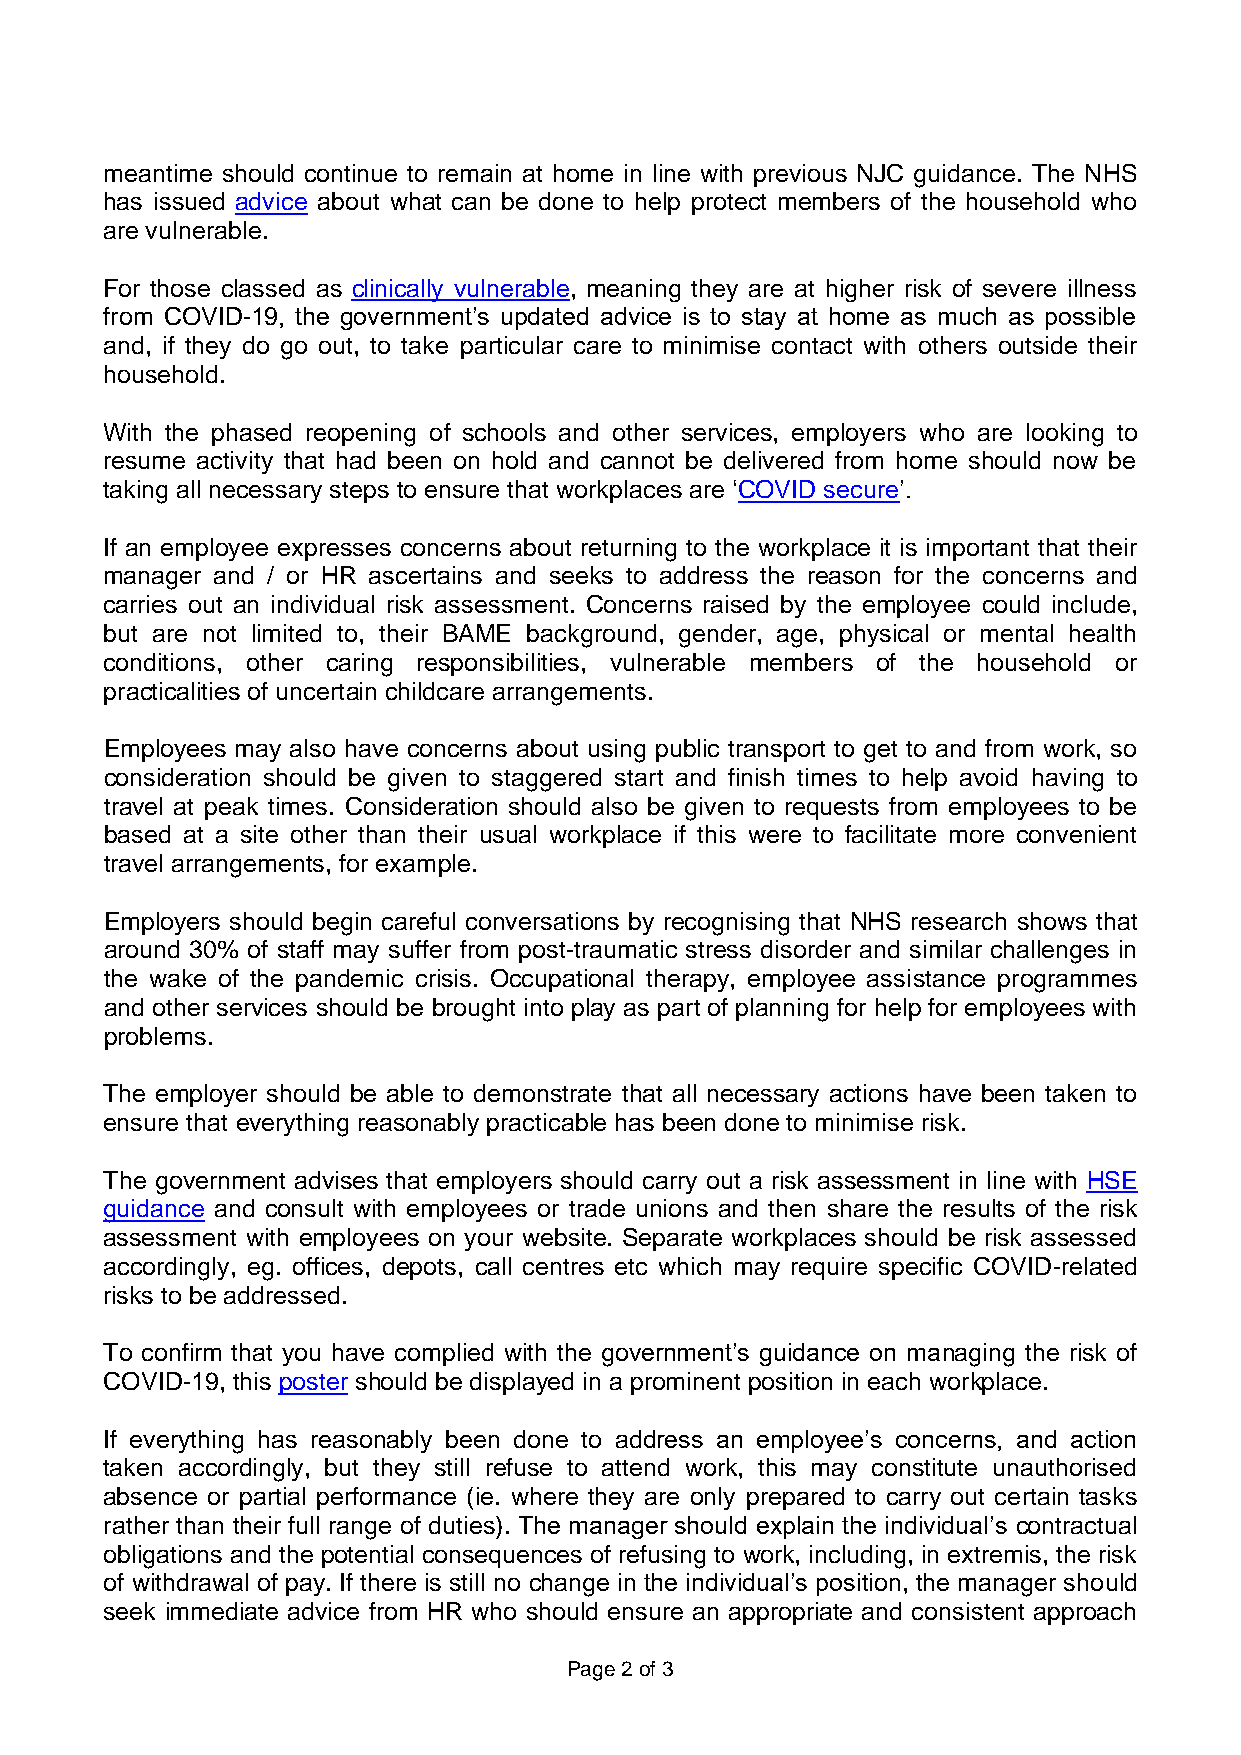
meantime should continue to remain at home in line with previous NJC guidance. The NHS
 has issued advice about what can be done to help protect members of the household who
 are vulnerable.
 For those classed as clinically vulnerable, meaning they are at higher risk of severe illness
 from COVID-19, the government’s updated advice is to stay at home as much as possible
 and, if they do go out, to take particular care to minimise contact with others outside their
 household.
 With the phased reopening of schools and other services, employers who are looking to
 resume activity that had been on hold and cannot be delivered from home should now be
 taking all necessary steps to ensure that workplaces are ‘COVID secure’.
 If an employee expresses concerns about returning to the workplace it is important that their
 manager and / or HR ascertains and seeks to address the reason for the concerns and
 carries out an individual risk assessment. Concerns raised by the employee could include,
 but are not limited to, their BAME background, gender, age, physical or mental health
 conditions, other caring responsibilities, vulnerable members of the household or
 practicalities of uncertain childcare arrangements.
 Employees may also have concerns about using public transport to get to and from work, so
 consideration should be given to staggered start and finish times to help avoid having to
 travel at peak times. Consideration should also be given to requests from employees to be
 based at a site other than their usual workplace if this were to facilitate more convenient
 travel arrangements, for example.
 Employers should begin careful conversations by recognising that NHS research shows that
 around 30% of staff may suffer from post-traumatic stress disorder and similar challenges in
 the wake of the pandemic crisis. Occupational therapy, employee assistance programmes
 and other services should be brought into play as part of planning for help for employees with
 problems.
 The employer should be able to demonstrate that all necessary actions have been taken to
 ensure that everything reasonably practicable has been done to minimise risk.
 The government advises that employers should carry out a risk assessment in line with HSE
 guidance and consult with employees or trade unions and then share the results of the risk
 assessment with employees on your website. Separate workplaces should be risk assessed
 accordingly, eg. offices, depots, call centres etc which may require specific COVID-related
 risks to be addressed.
 To confirm that you have complied with the government’s guidance on managing the risk of
 COVID-19, this poster should be displayed in a prominent position in each workplace.
 If everything has reasonably been done to address an employee’s concerns, and action
 taken accordingly, but they still refuse to attend work, this may constitute unauthorised
 absence or partial performance (ie. where they are only prepared to carry out certain tasks
 rather than their full range of duties). The manager should explain the individual’s contractual
 obligations and the potential consequences of refusing to work, including, in extremis, the risk
 of withdrawal of pay. If there is still no change in the individual’s position, the manager should
 seek immediate advice from HR who should ensure an appropriate and consistent approach
 Page 2 of 3